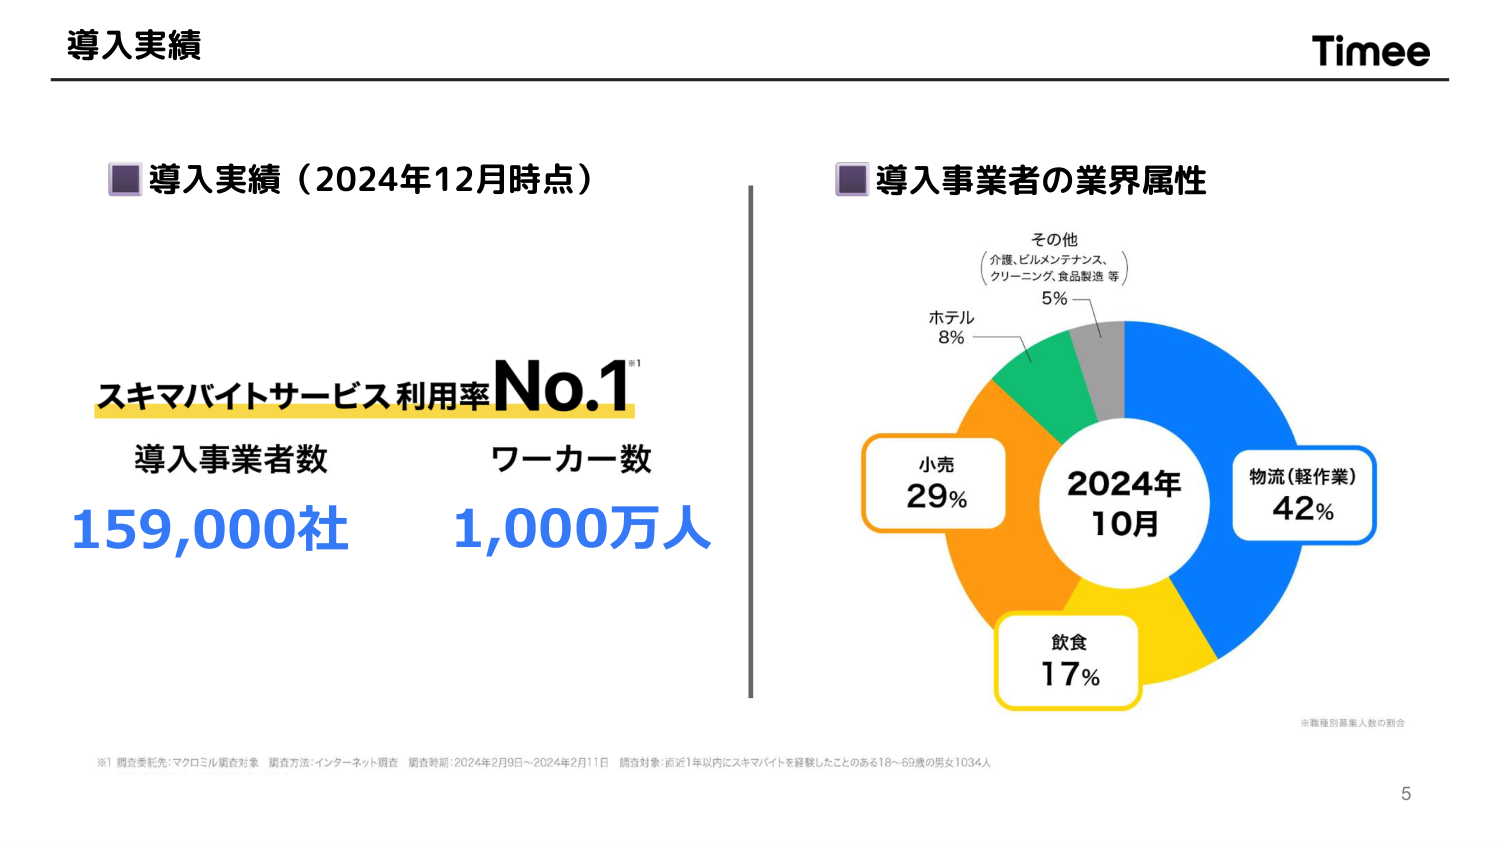
導入実績

Timee

■ 導入実績（2024年12月時点）

スキマバイトサービス利用率 No.1 ※1

導入事業者数　　　　　ワーカー数
159,000社　　　　　　1,000万人

■ 導入事業者の業界属性

その他
（介護、ビルメンテナンス、
クリーニング、食品製造 等）
5%

ホテル
8%

小売
29%

2024年
10月

物流（軽作業）
42%

飲食
17%

※職種別募集人数の割合

※1 調査委託先：マクロミル調査対象　調査方法：インターネット調査　調査時期：2024年2月9日～2024年2月11日　調査対象：直近1年以内にスキマバイトを経験したことがある18～69歳の男女1034人

5